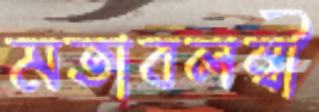
মতাবলম্বী